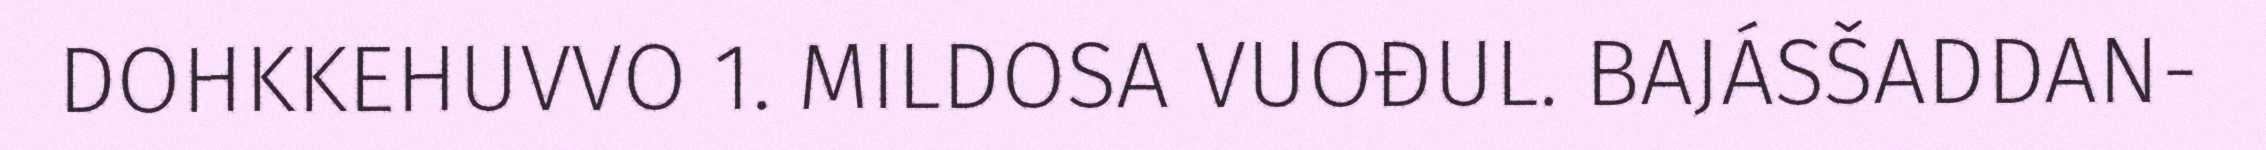
DOHKKEHUVVO 1. MILDOSA VUOĐUL. BAJÁSŠADDAN-